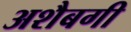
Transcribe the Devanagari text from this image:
अशैबगी